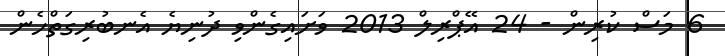
6 މަސް ކުރިން - 24 އޭޕްރިލް 2013 ވަށައިގެންވި ދުނިޔެ އެނބުރިގަތްހެން